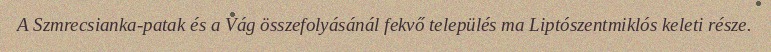
A Szmrecsianka-patak és a Vág összefolyásánál fekvő település ma Liptószentmiklós keleti része.